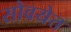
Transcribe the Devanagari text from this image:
सोवयेत